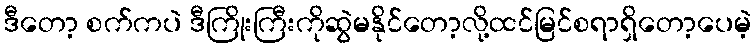
ဒီတော့ စက်ကပဲ ဒီကြိုးကြီးကိုဆွဲမနိုင်တော့လို့ထင်မြင်စရာရှိတော့ပေမဲ့